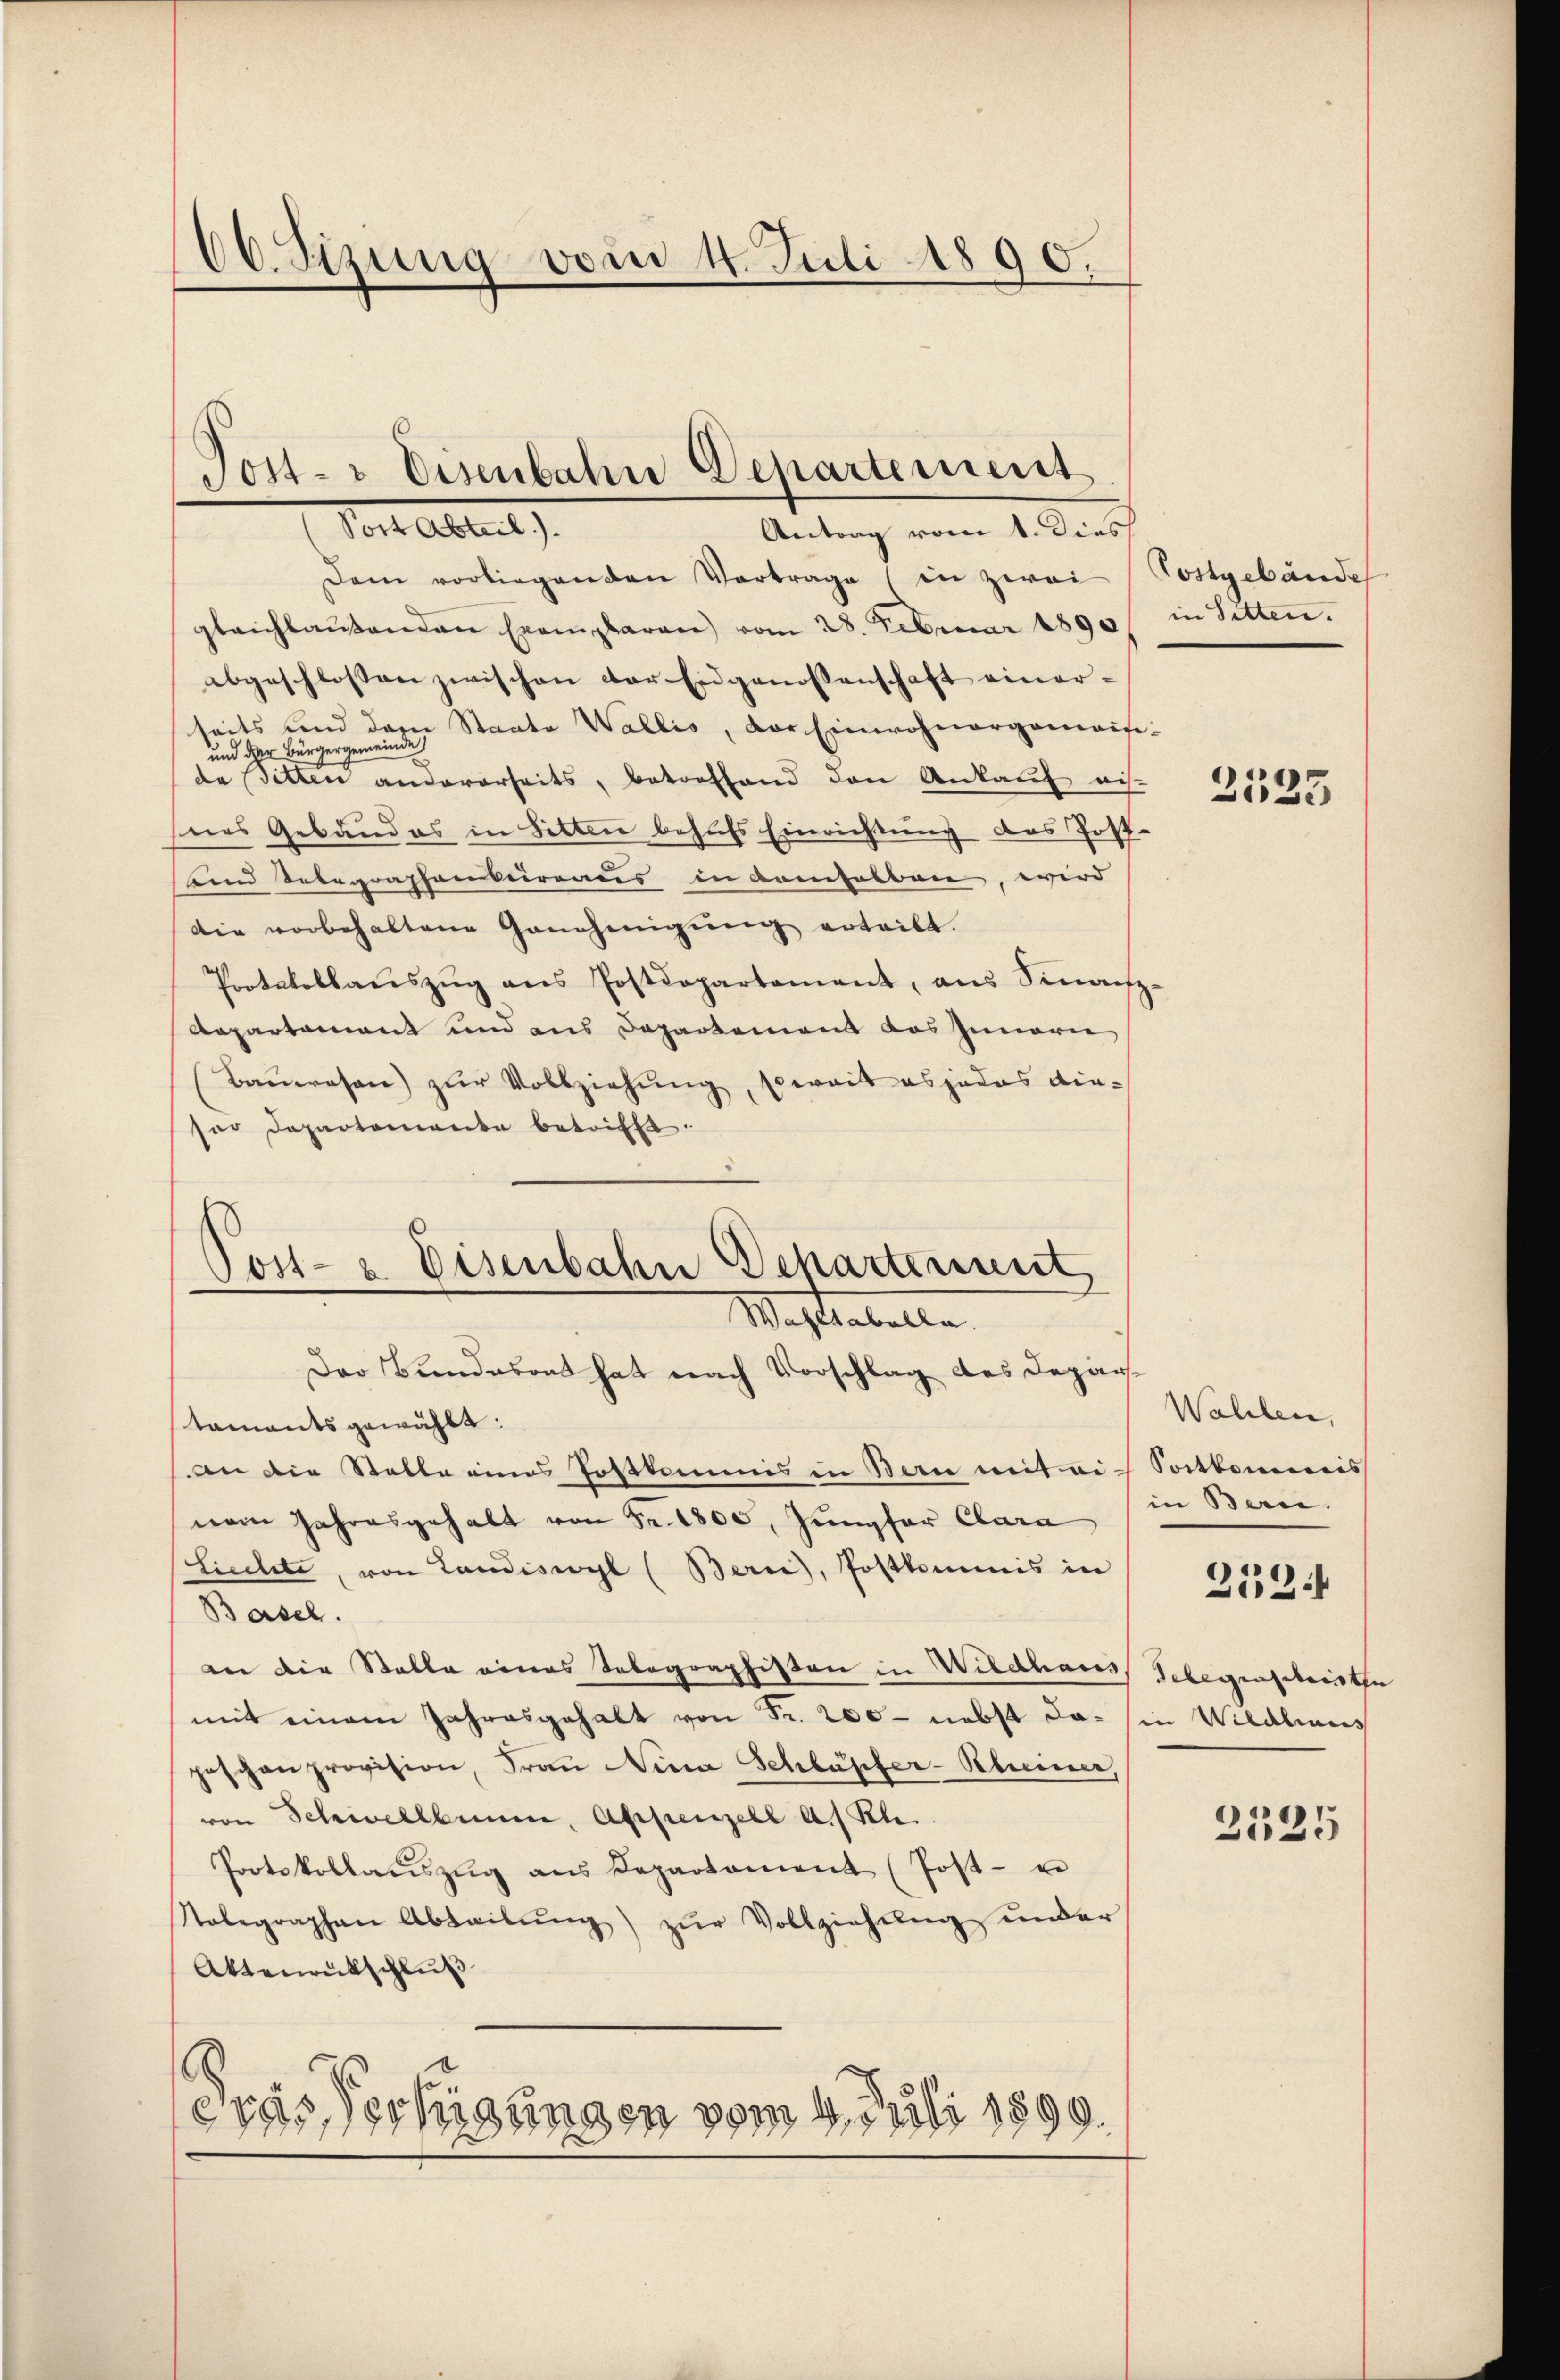
66. Sizung vom 4. Juli 1890.

Post- & Eisenbahn Departement
Torte Abteil)
Antrag vom 1. Dies

Dem vorliegenden Vertrage (in zwei
gleichbaŭtenden Exemplaren) vom 28. Februar 1890
abgeschlossen zwischen der Eidgenossenschaft einerseits und dem Staate Wallis, der Einwohnergemeis
und der Bürgergemeinde
da Setten andererheits, betreffend den Ankauf aus.
nes Gebäudes in Sitten behufs Einrichtung des Post.
unnd Sebegraphenberamtes in demselben, wird
die vorbehaltene Genehmigŭng erteilt.
Protokollaŭszŭg ans Postdepartament, aus Sinne
Aepartament und aus Departement das Innern
Bauerasen) zŭr Vollziehung, soweit es jedes diesor Departemente betrifft.
Post- u. Eisenbahn Departement
Machtentelle
Der Bundesort hat nach Vorschlag des Departaments gewählt:
an die Statte eines Postkommis in Bern mit ai-Satkommis
nem Jahresgehalt von Fr. 1800, Jungfer Clara
Liechete, von Landiswyl (Berne), Postkommis in
Basel.
an die Stelle eines Selographisten in Wildhaus
mit einem Jahresgehalt von Fr. 200 - nebst dapeschanprovision, Fraŭ Nina Schlüpfer-Scheiner,
von Schwellbrunn, Appenzell a. Rh.
Protokollaŭszŭg ans Departament (Post- u
Nolegraphen Abteilŭng zŭr Vollziehung ander
Aktenrütschluß

3
eras Verfügungen vom 4. Juli 1899.

Postgebäude
in Sitten.

2535

Wahlen,
in Bern.
Telegenschristen
in Wiedliaus

2124

2525